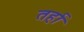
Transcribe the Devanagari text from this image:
तर्हा